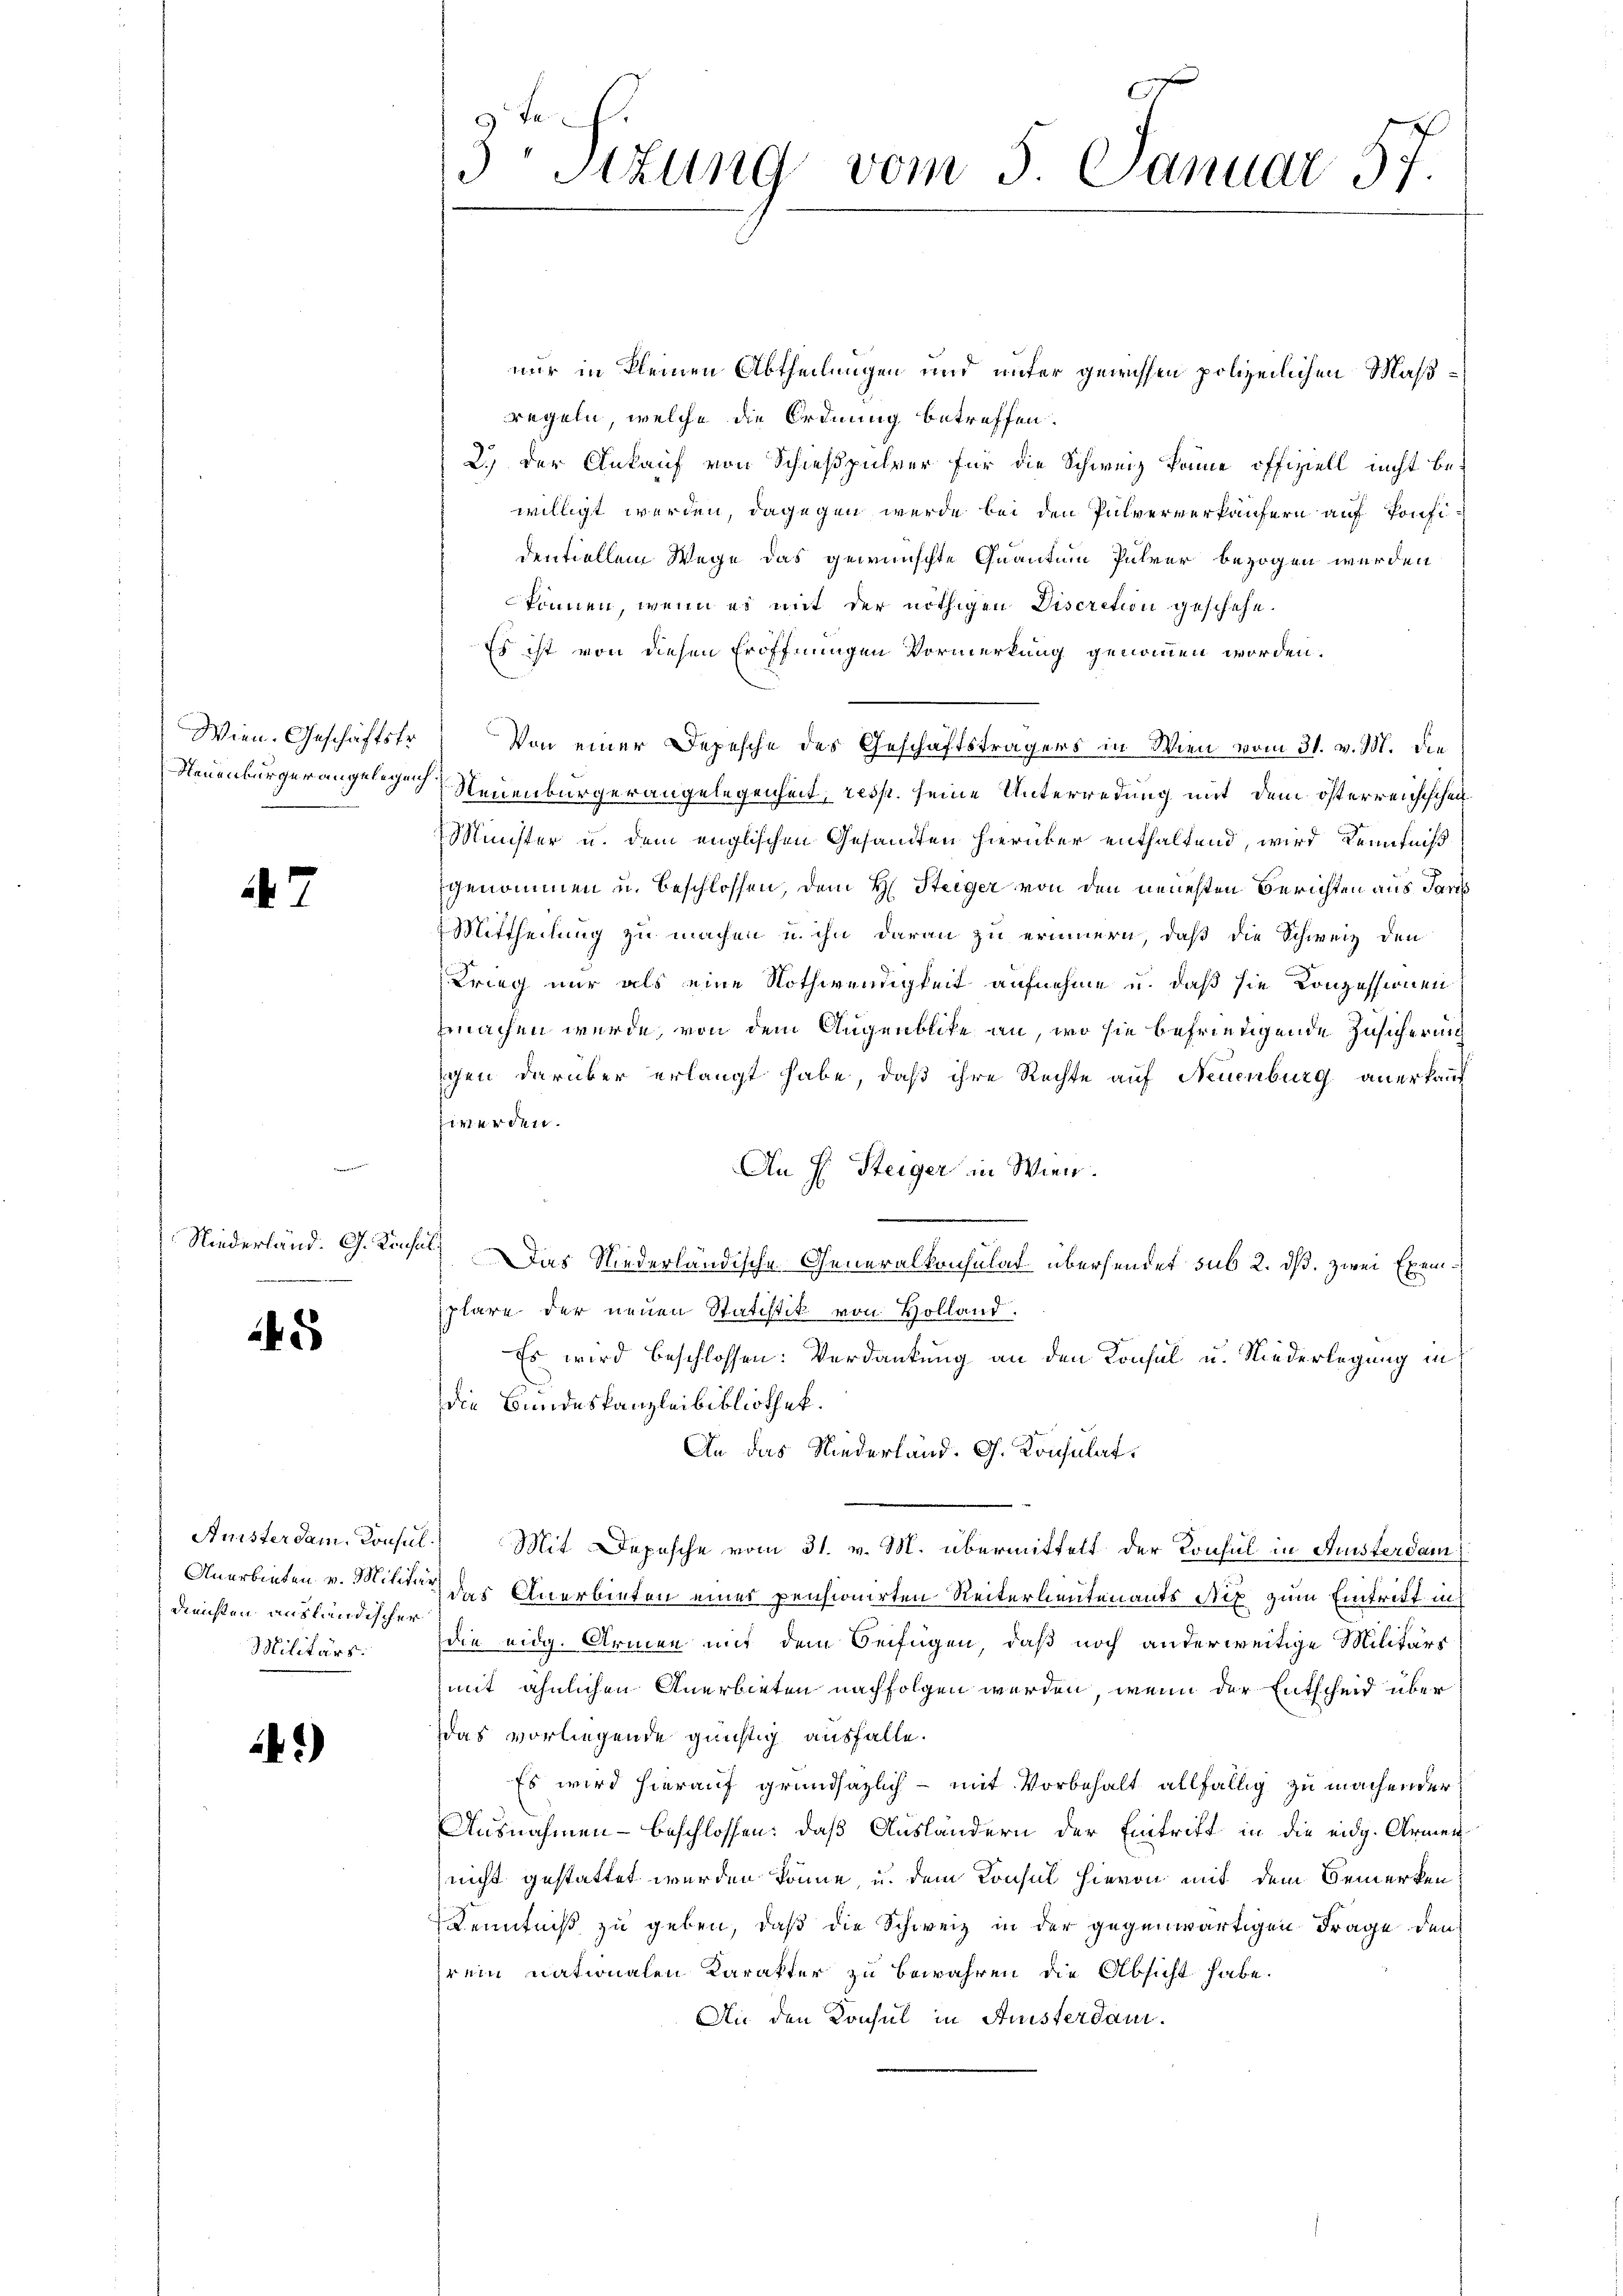
Wien. Geschäftstr
D

7

Niederländ. G. Konsul
e

245

Diensten ausländischer
Militärs:

2)

3. Sizung vom 5. Januar 57.

nur in kleinen Abtheilungen und unter gewissen polizeilichen Maßregeln, welche die Ordnung betreffen.
2.) Der Ankauf von Schießpulver für die Schweiz keine offiziell nicht be-
willigt werden, dagegen werde bei den Pulververkäufern auf Konfidentiellem Wege das gewünschte Quantum Pulver bezogen werden
können, wenn es mit der nöthigen Discretion geschehe.
Es ist von diesen Eröffnungen Vormerkung genommen worden.
Von einer Depesche des Geschäftsträgers in Wien vom 31. v. M. die
Neuenburgerangel nach Neuenburgerangelegenheit, resp. seine Unterredung mit dem österreichischei
Minister u. dem englischen Gesandten hierüber enthaltend, wird Kenntniß
genommen u. beschlossen, dem H. Steiger von den neuesten Berichten aus Pans
Mittheilung zu machen u. ihn daran zu erinnern, daß die Schweiz den
Krieg nur als eine Nothwendigkeit aufnehme u. daß sie Konzessionen
machen würde, von dem Augenblicke an, wo sie befriedigende Zusicher und
gen darüber erlangt habe, daß ihre Rechte auf Neuenburg anerkauf
zwerden.
An E. Steiger in Wien.
Das Niederländische Generalkonsulat übersendet sub 2. dß. zwei Exemplare der neuen Statistik von Holland.
Es wird beschlossen: Verdankung an den Konsul u. Niederlegung in
die Bundeskanzleibibliothek.
An das Niederland. G. Konsulat
Anisterdam. Konsul. Mit Depesche vom 31. v. M. übermittelt der Konsul in Fristerdam
Anerbieten v. Mitter der Querbieten eines pensionirten Reiterlieutenants Stip zum Eintritt in
die eidg. Armen mit dem Beifügen, daß noch anderweitige Militärs
mit ähnlichen Anerbieten nachfolgen werden, wenn der Entscheid über
das vorliegende günstig ausfalle.
Es wird hierauf grundsazlich - mit Vorbehalt allfällig zu machender
Ausnahmen - beschlossen: daß Ausländern der Eintrift in die eidg. Armennicht gestattet werden könne, u. dem Konsul hievon mit dem Bemerken
Kenntniß zu geben, daß die Schweiz in der gegenwärtigen Frage den
hrem nationalen Karakter zu bewahren die Absicht habe.
An den Konsul in Anisterdan¬